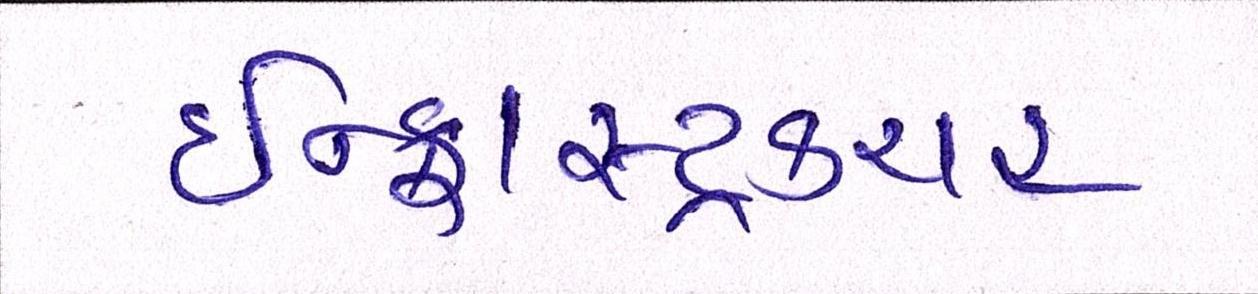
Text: ઇન્ફ્રાસ્ટ્રકચર